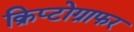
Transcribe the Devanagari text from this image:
क्रिप्टोग्राफर